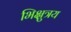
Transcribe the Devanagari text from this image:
भिक्षुत्रय